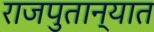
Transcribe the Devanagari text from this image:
राजपुतान्यात